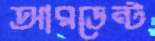
আরডেন্ট